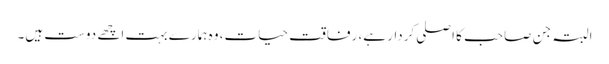
البتہ جن صاحب کا اصلی کردار ہے، رفاقت حیات، وہ ہمارے بہت اچھے دوست ہیں۔